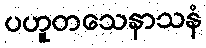
ပဟူတသေနာသနံ